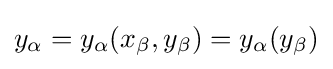
y_{\alpha }=y_{\alpha }(x_{\beta },y_{\beta })=y_{\alpha }(y_{\beta })